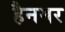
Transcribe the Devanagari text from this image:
हैनमर